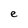
Character: e